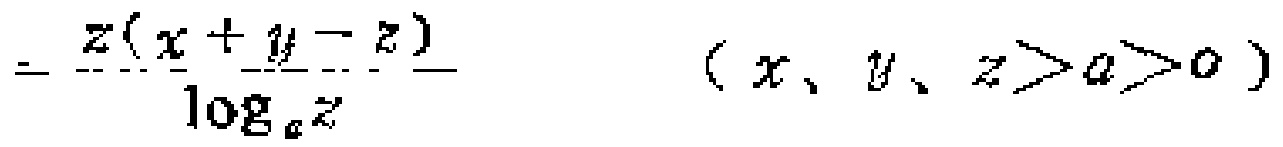
$=\frac{z(x + y - z)}{\log_{a}z}\quad(x、y、z > a > 0)$